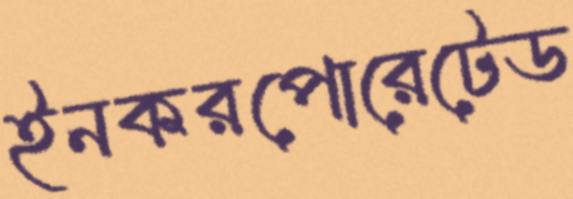
ইনকরপোরেটেড